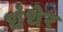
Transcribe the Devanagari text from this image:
धंधेर